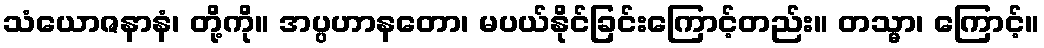
သံယောဇနာနံ၊ တို့ကို။ အပ္ပဟာနတော၊ မပယ်နိုင်ခြင်းကြောင့်တည်း။ တသ္မာ၊ ကြောင့်။